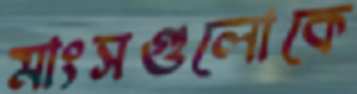
মাংসগুলোকে